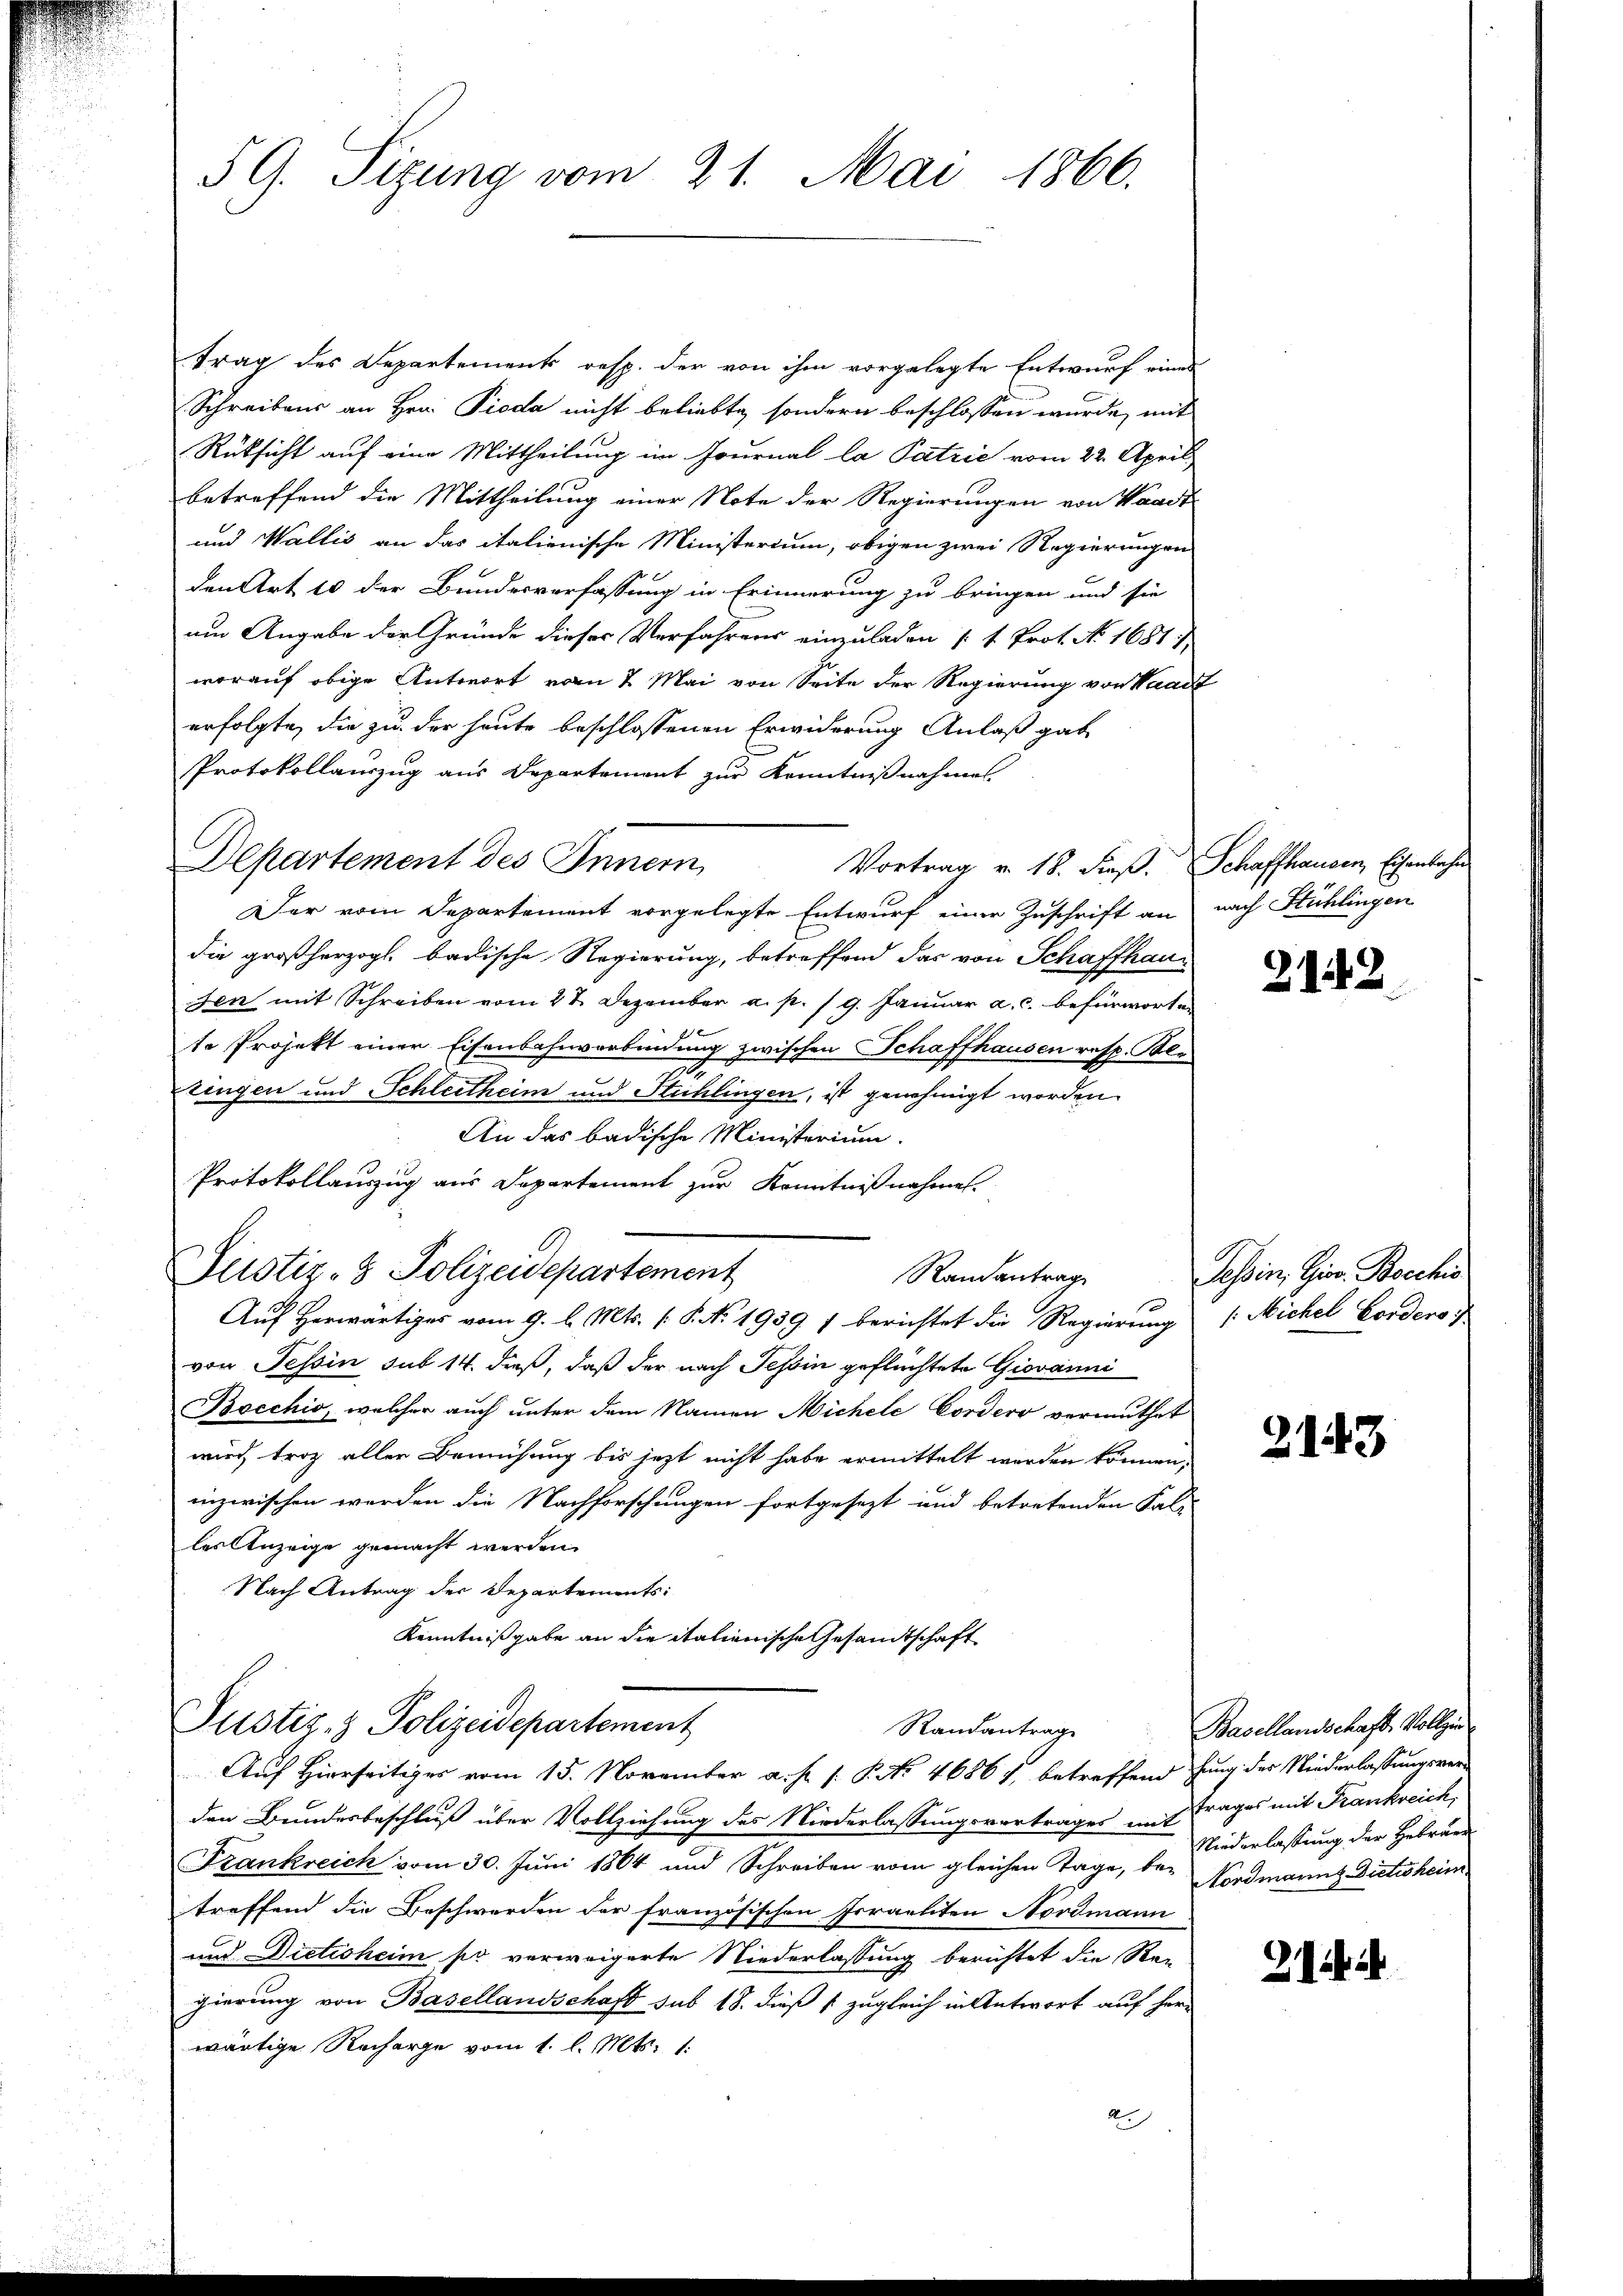
5 G. Sizung vom 21. Mai 1866.

trag des Departements resp. der von ihm vorgelegte Entwurf eines
Schreibens an Hrn. Pieda nicht beliebte, sondern beschlossen wurde, mit
Rüksicht auf eine Mittheilung im Journal la Patrić vom 22. April
betreffend die Mittheilung einer Note der Regierungen von Waadt
und Wallis an das italienische Ministerium, obigen zwei Regierungen
den Art 10 der Bundesverfassung in Erinnerung zu bringen und sie
um Angabe der Gründe dieser Verfahrens einzuladen (1. Prot. No. 1681
worauf obige Antwort vom 2 Mai von Seite der Regierung von Waadt
erfolgte, die zu der heute beschlossenen Erwiderung Anlaß gab
Protokollauszug aus Departement zur Kenntnißnahmes
Departement des Innern,
Vortrag v. 18. dieß. Schaffhausen, Eisenbahn
Der vom Departement vorgelegte Entwurf einer Zuschrift an
die großherzogl. badische Regierung, betreffend das von Schaffhau¬
Jen mit Schreiben vom 27. Dezember a. p. 19. Januar a.c. befürworten
te Projekt einer Eisenbahnverbindung zwischen Schaffhausen resp. Kle
zingen und Schleitheim und Stuhlingen, ist genehmigt worden.
An das badische Ministerium.
Protokollauszug aus Departement zur Kenntnißnahmen.
Justiz- & Polizeidepartement
Randantrag
Auf Herwärtiges vom 9. l. Mts. f. P. No. 1939 1 berichtet die Regierung
von Tessin sub 14. dieß, daß der nach Tessin geflüchtete Giovanni
Bocchio, welcher auch unter dem Namen Michele Cordero vermuthet
wird, trotz aller Bemühung bis jezt nicht habe ermittelt worden können,
inzwischen werden die Nachforschungen fortgesezt und betretenden Fal-
les Anzeige gemacht werden.
Nach Antrag der Departements:
Kenntnißgabe an die italienische Gesandtschaft
Justiz- & Polizeidepartement
Randantrag
Auf Hierseitiges vom 15. November a. p. /: P. No 46861, betreffend hung des Niederlassungsverden Bundesbeschluß über Vollziehung des Niederlassungsvertrages mit Frages mit Frankreich,
Frankreich vom 30. Juni 1864 und Schreiben vom gleichen Tage, be- Nordmanns Dietisheim.
treffend die Beschwerden der französischen Israeliten Nordmann
und Dietisheim po verweigerte Niederlassung berichtet die Re-
gierung von Basellandschaft sub 18. dieß zugleich in Antwort auf her-
wärtige Recharge vom 1. l. Mts. 1.
A

nach Stühlingen

21.82

Tessin, Gier. Boechis
: Michel Fordero 7.

2143

Basellandschaft, Vollzi
Niederlassung der Hebräun

21